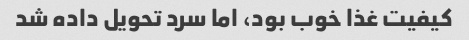
کیفیت غذا خوب بود، اما سرد تحویل داده شد